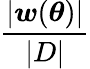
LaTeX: \frac{|\boldsymbol{w}(\boldsymbol{\theta})|}{|D|}